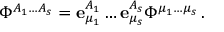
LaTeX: \Phi ^ { A _ { 1 } \ldots A _ { s } } = { \bf e } _ { \mu _ { 1 } } ^ { A _ { 1 } } \ldots { \bf e } _ { \mu _ { s } } ^ { A _ { s } } \Phi ^ { \mu _ { 1 } \ldots \mu _ { s } } \, .